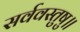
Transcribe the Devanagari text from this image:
सर्ववस्तुषु॥